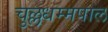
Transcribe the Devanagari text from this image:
चुल्लधम्मपाल